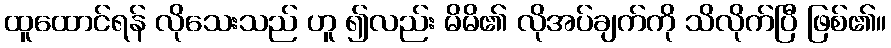
ထူထောင်ရန် လိုသေးသည် ဟူ ၍လည်း မိမိ၏ လိုအပ်ချက်ကို သိလိုက်ပြီ ဖြစ်၏။